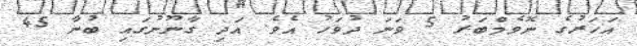
އަހަރުގެ ނޮވެމްބަރު 5 ވަނަ ދުވަހު އެވެ. އަދި ގާނޫނުގައި ބުނާ 45